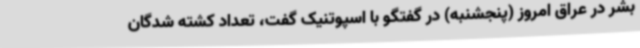
بشر در عراق امروز (پنجشنبه) در گفتگو با اسپوتنیک گفت، تعداد کشته شدگان